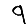
Digit: 9